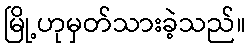
မြို့ဟုမှတ်သားခဲ့သည်။